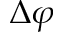
\Delta \varphi